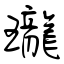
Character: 瓏